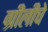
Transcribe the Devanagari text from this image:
ग्रीलीचे